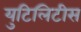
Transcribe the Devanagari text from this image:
युटिलिटीस